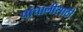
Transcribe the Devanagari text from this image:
पांचालीसाठी